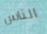
الناس